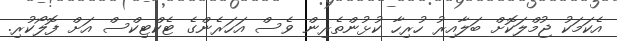
އެކަމަކު ޖުމްލަކޮށް ބަލާއިރު ހުރިހާ ކުޅުންތެރިން ވެސް އަހަރެންގެ ޓެކްޓިކްސް އަށް ފޮލޯކުރި.